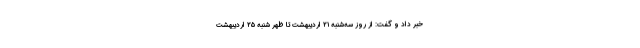
خبر داد و گفت: از روز سه‌شنبه ۲۱ اردیبهشت تا ظهر شنبه ۲۵ اردیبهشت